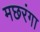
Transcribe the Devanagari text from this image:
मछरंगा